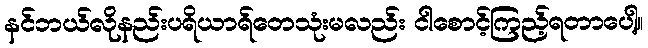
နင်ဘယ်လိုနည်းပရိယာရ်တေသုံးမလည်း ငါစောင့်ကြည့်ရတာပေါ့။